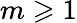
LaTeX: m\geqslant 1